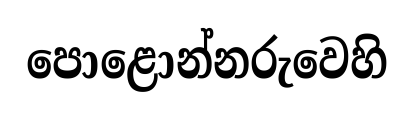
පොළොන්නරුවෙහි